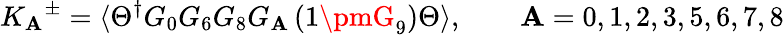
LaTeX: {K_{\mathbf{A}}}^{\pm}=\langle\Theta^{\dagger}G_{0}G_{6}G_{8}G_{\mathbf{A}}\left(1\pmG_{9}\right)\Theta\rangle,\qquad\mathbf{A}=0,1,2,3,5,6,7,8